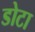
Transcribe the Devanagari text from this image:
डोटा